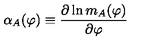
\alpha _ { A } ( \varphi ) \equiv { \frac { \partial \ln m _ { A } ( \varphi ) } { \partial \varphi } }